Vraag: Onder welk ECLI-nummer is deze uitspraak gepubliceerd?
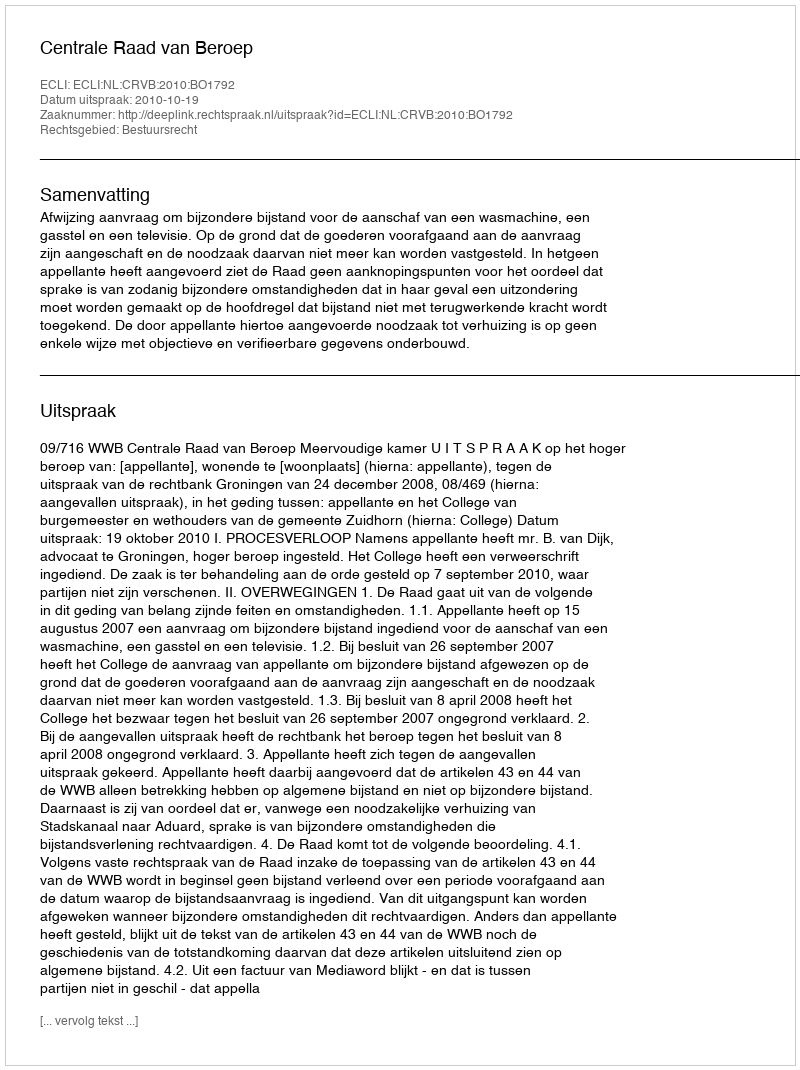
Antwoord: ECLI:NL:CRVB:2010:BO1792